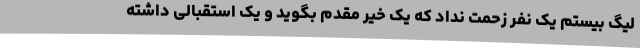
لیگ بیستم یک نفر زحمت نداد که یک خیر مقدم بگوید و یک استقبالی داشته